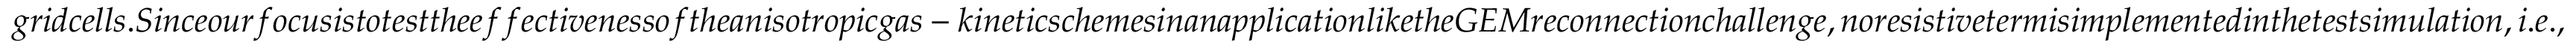
g r i d c e l l s . S i n c e o u r f o c u s i s t o t e s t t h e e f f e c t i v e n e s s o f t h e a n i s o t r o p i c g a s - k i n e t i c s c h e m e s i n a n a p p l i c a t i o n l i k e t h e G E M r e c o n n e c t i o n c h a l l e n g e , n o r e s i s t i v e t e r m i s i m p l e m e n t e d i n t h e t e s t s i m u l a t i o n , i . e . ,